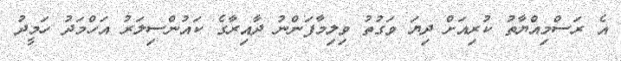
އެ ރަސްމިއްޔާތު ކުރިއަށް ދިޔަ ވަގުތު ވިލިމާފަންނު ދާއިރާގެ ކައުންސިލަރު އަހްމަދު ހަމީދު